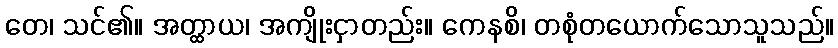
တေ၊ သင်၏။ အတ္ထာယ၊ အကျိုးငှာတည်း။ ကေနစိ၊ တစုံတယောက်သောသူသည်။